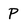
Character: P